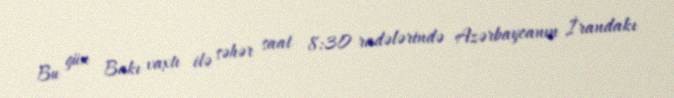
Bu gün Bakı vaxtı ilə səhər saat 8:30 radələrində Azərbaycanın İrandakı